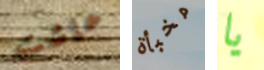
عاشت مخبأة يا